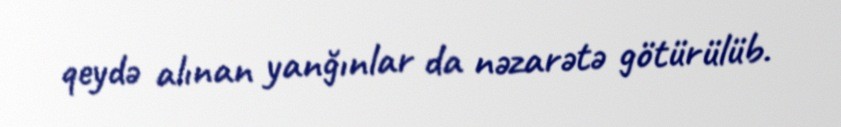
qeydə alınan yanğınlar da nəzarətə götürülüb.